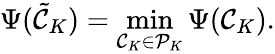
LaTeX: \Psi(\tilde{\mathcal{C}}_{K})=\operatorname*{min}_{\mathcal{C}_{K}\in\mathcal{P}_{K}}\Psi(\mathcal{C}_{K}).